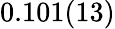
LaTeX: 0.101(13)